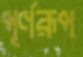
পূর্ণরূপ